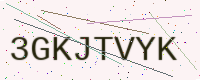
Text: 3GKJTVYK